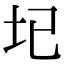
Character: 𡉏